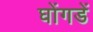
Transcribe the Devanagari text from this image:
घोंगडें